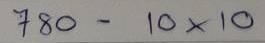
780 - 10 x 10